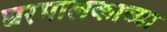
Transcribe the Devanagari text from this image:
घरमालकाच्या